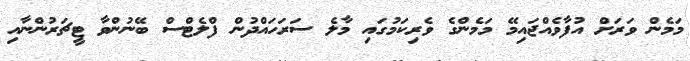
މަމެން ވަރަށް އުފާވެއްޖައިމޭ މަމެންގެ ވެރިކަމުގައި މާލެ ސަރަަހައްދުން ފްލެޓްސް ބޭނުންވާ ޓީޗަރުންނާއި